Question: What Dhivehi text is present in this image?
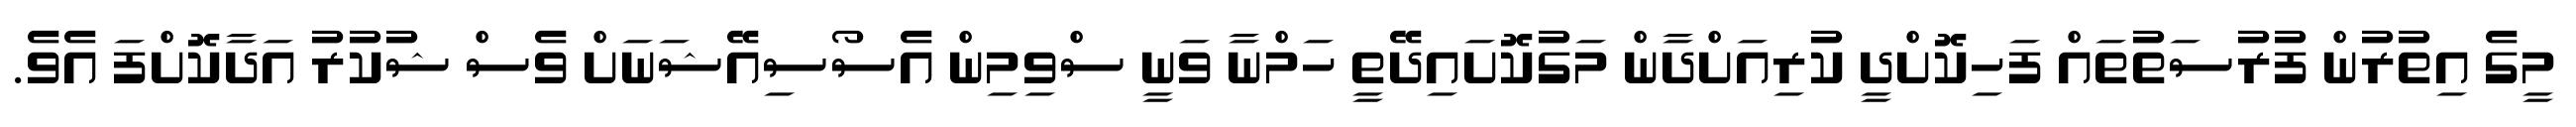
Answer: މީގެ އިތުރުން ފުރުސަތުތައް ފަހިކޮށްދީ ކުރިއަށްދާން މަގުކޮށައިދޭތީ ހަމްނާ ވަނީ ސްވިމިން އެސޯސިއޭޝަނަށް ވެސް ޝުކުރު އަދާކޮށްފަ އެވެ.